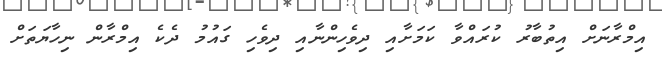
އިމްރާނަށް އިތުބާރު ކުރައްވާ ކަމަށާއި ދިވެހިންނާއި ދިވެހި ގައުމު ދެކެ އިމްރާން ނިހާޔަތަށް